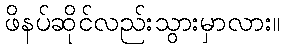
ဖိနပ်ဆိုင်လည်းသွားမှာလား။